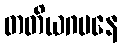
တတိယဂမနေ